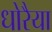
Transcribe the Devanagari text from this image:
धोरैया